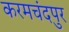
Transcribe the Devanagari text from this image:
करमचंदपुर